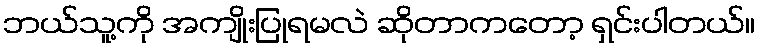
ဘယ်သူ့ကို အကျိုးပြုရမလဲ ဆိုတာကတော့ ရှင်းပါတယ်။